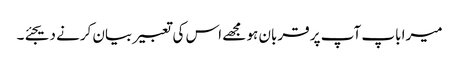
میرا باپ آپ پر قربان ہو مجھے اس کی تعبیر بیان کرنے دیجئے۔